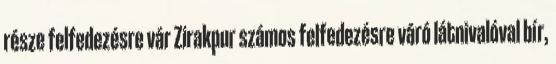
része felfedezésre vár Zirakpur számos felfedezésre váró látnivalóval bír,